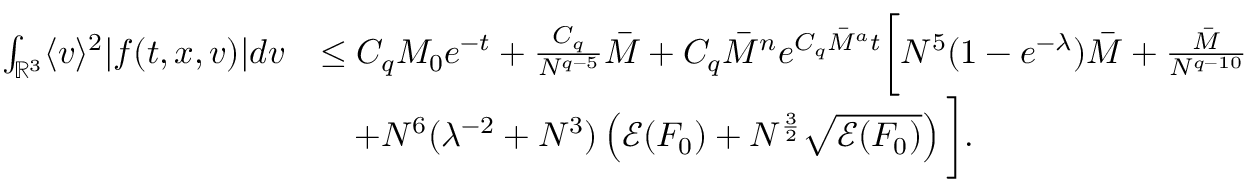
\begin{array} { r l } { \int _ { \mathbb { R } ^ { 3 } } \langle v \rangle ^ { 2 } \vert f ( t , x , v ) \vert d v } & { \leq C _ { q } M _ { 0 } e ^ { - t } + \frac { C _ { q } } { N ^ { q - 5 } } \overbar { M } + C _ { q } \overbar { M } ^ { n } e ^ { C _ { q } \overbar { M } ^ { a } t } \bigg [ N ^ { 5 } ( 1 - e ^ { - \lambda } ) \overbar { M } + \frac { \overbar { M } } { N ^ { q - 1 0 } } } \\ & { \quad + N ^ { 6 } ( \lambda ^ { - 2 } + N ^ { 3 } ) \left( \mathcal { E } ( F _ { 0 } ) + N ^ { \frac { 3 } { 2 } } \sqrt { \mathcal { E } ( F _ { 0 } ) } \right) \bigg ] . } \end{array}